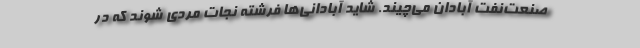
صنعت‌نفت آبادان می‌چیند. شاید آبادانی‌ها فرشته نجات مردی شوند که در